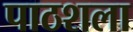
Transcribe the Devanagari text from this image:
पाठशला